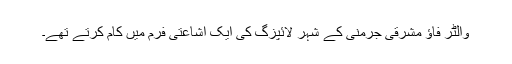
والٹر فاؤ مشرقی جرمنی کے شہر لائپزگ کی ایک اشاعتی فرم میں کام کرتے تھے۔